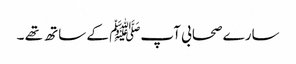
سارے صحابی آپﷺ کے ساتھ تھے ۔